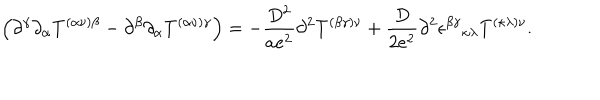
\left( \partial ^ { \gamma } \partial _ { \alpha } T ^ { ( \alpha \nu ) \beta } - \partial ^ { \beta } \partial _ { \alpha } T ^ { ( \alpha \nu ) \gamma } \right) = - \frac { D ^ { 2 } } { a e ^ { 2 } } \partial ^ { 2 } T ^ { ( \beta \gamma ) \nu } + \frac { D } { 2 e ^ { 2 } } \partial ^ { 2 } \epsilon ^ { \beta \gamma } { } _ { \kappa \lambda } T ^ { ( \kappa \lambda ) \nu } .